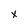
Character: X